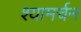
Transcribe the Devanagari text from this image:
श्यामर्चन